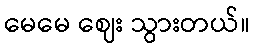
မေမေ ဈေး သွားတယ်။